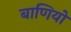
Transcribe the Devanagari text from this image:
बाणियों